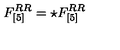
F _ { [ 5 ] } ^ { R R } = \star F _ { [ 5 ] } ^ { R R }